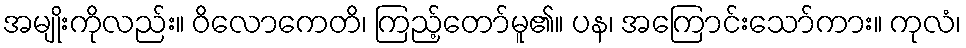
အမျိုးကိုလည်း။ ဝိလောကေတိ၊ ကြည့်တော်မူ၏။ ပန၊ အကြောင်းသော်ကား။ ကုလံ၊